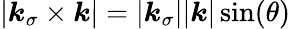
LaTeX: |\boldsymbol{k}_{\sigma}\times\boldsymbol{k}|=|\boldsymbol{k}_{\sigma}||\boldsymbol{k}|\sin(\theta)